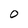
Character: 0